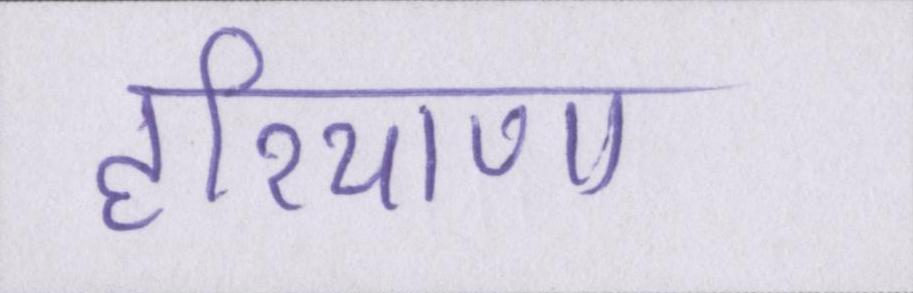
हरियाणा